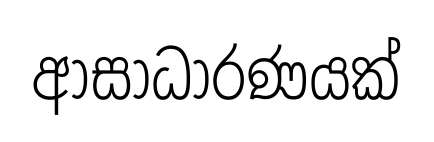
ආසාධාරණයක්